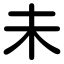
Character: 未